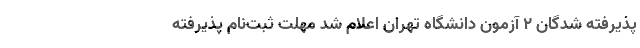
پذیرفته شدگان ۲ آزمون دانشگاه تهران اعلام شد مهلت ثبت‌نام پذیرفته